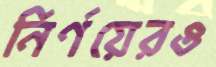
নির্ণয়েরও